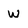
Character: W